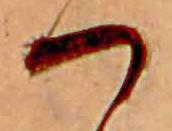
つ